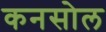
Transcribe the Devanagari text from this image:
कनसोल